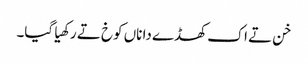
خن تے اک کھڈے دا ناں کوخ تے رکھیا گیا۔